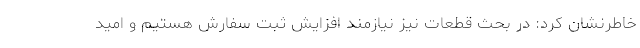
خاطرنشان کرد: در بحث قطعات نیز نیازمند افزایش ثبت سفارش هستیم و امید